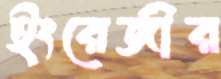
ইংরেজীর